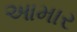
આમાર